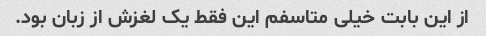
از این بابت خیلی متاسفم این فقط یک لغزش از زبان بود.